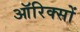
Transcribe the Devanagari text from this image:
ऑरिक्सों